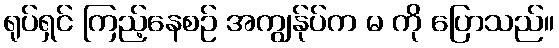
ရုပ်ရှင် ကြည့်နေစဉ် အကျွန်ုပ်က မ ကို ပြောသည်။